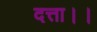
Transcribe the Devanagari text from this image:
दत्ता।।